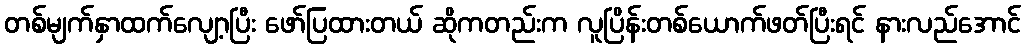
တစ်မျက်နှာထက်လျော့ပြီး ဖော်ပြထားတယ် ဆိုကတည်းက လူပြိန်းတစ်ယောက်ဖတ်ပြီးရင် နားလည်အောင်